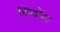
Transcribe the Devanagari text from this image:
सिबोरा